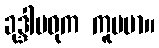
ခုဒ္ဒါမဓုက ကူပမာ။